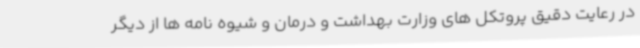
در رعایت دقیق پروتکل های وزارت بهداشت و درمان و شیوه نامه ها از دیگر